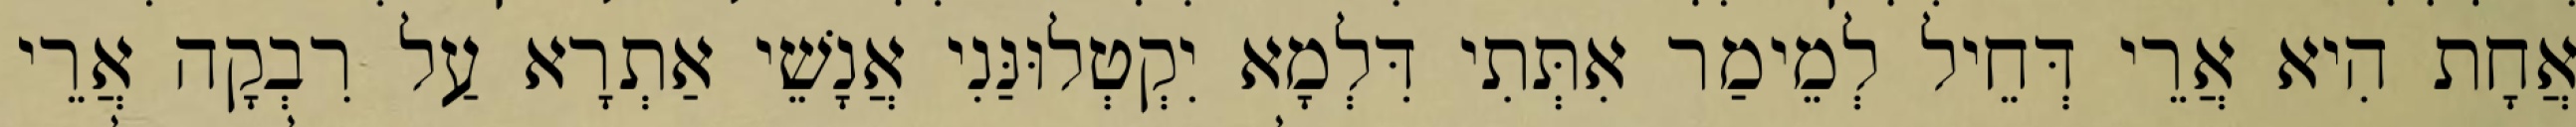
אֲחָת הִיא אֲרֵי דְּחֵיל לְמֵימַר אִתְּתִי דִּלְמָא יִקְטְלוּנַּנִי אֲנָשֵׁי אַתְרָא עַל רִבְקָה אֲרֵי